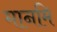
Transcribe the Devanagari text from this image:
मानमि